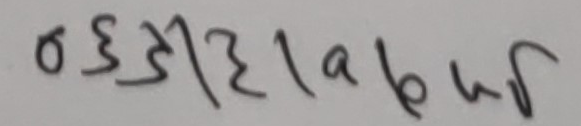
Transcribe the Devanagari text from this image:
σ३३१३la bub√